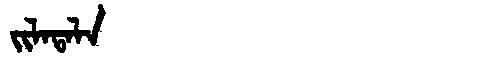
Manchu: ᠵᡳᠯᠠᡨᠠᠯᠠ
Romanization: JILATALA